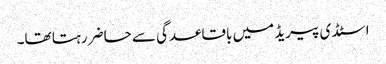
اسٹڈی پیریڈ میں باقاعدگی سے حاضر رہتا تھا۔